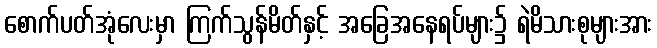
စောက်ပတ်အုံလေးမှာ ကြက်သွန်မိတ်နှင့် အခြေအနေရပ်များ၌ ရဲမိသားစုများအား